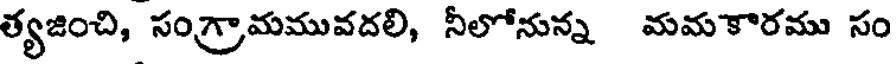
త్యజించి, సంగ్రామమువదలి, నీలోనున్న మమకారము సం